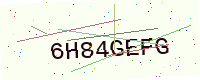
Text: 6H84GEFG